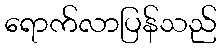
ရောက်လာပြန်သည်